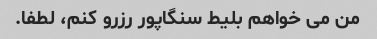
من می خواهم بلیط سنگاپور رزرو کنم، لطفا.